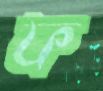
ফ